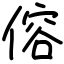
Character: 傛